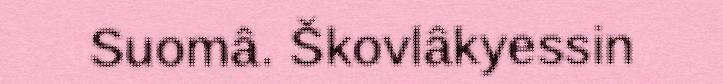
Suomâ. Škovlâkyessin